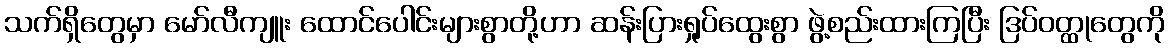
သက်ရှိတွေမှာ မော်လီကျူး ထောင်ပေါင်းများစွာတို့ဟာ ဆန်းပြားရှုပ်ထွေးစွာ ဖွဲ့စည်းထားကြပြီး ဒြပ်ဝတ္ထုတွေကို